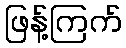
ဖြန့်ကြက်